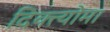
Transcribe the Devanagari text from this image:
दिक्त्योमा